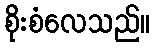
စိုးစံလေသည်။